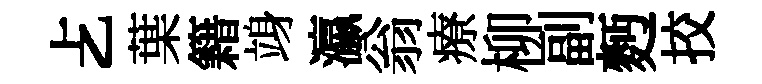
𠧒葉籍竧瀛翁療柳副麪挍